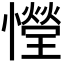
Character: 𢣙